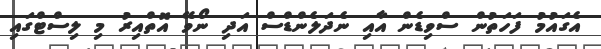
އެގައުމު ފަހަތުން ސްވިޑެން އާއި ނެދަލެންޑްސް އަދި ނޯވޭ އޮތްއިރު މި ލިސްޓްގައި